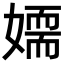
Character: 𡢉